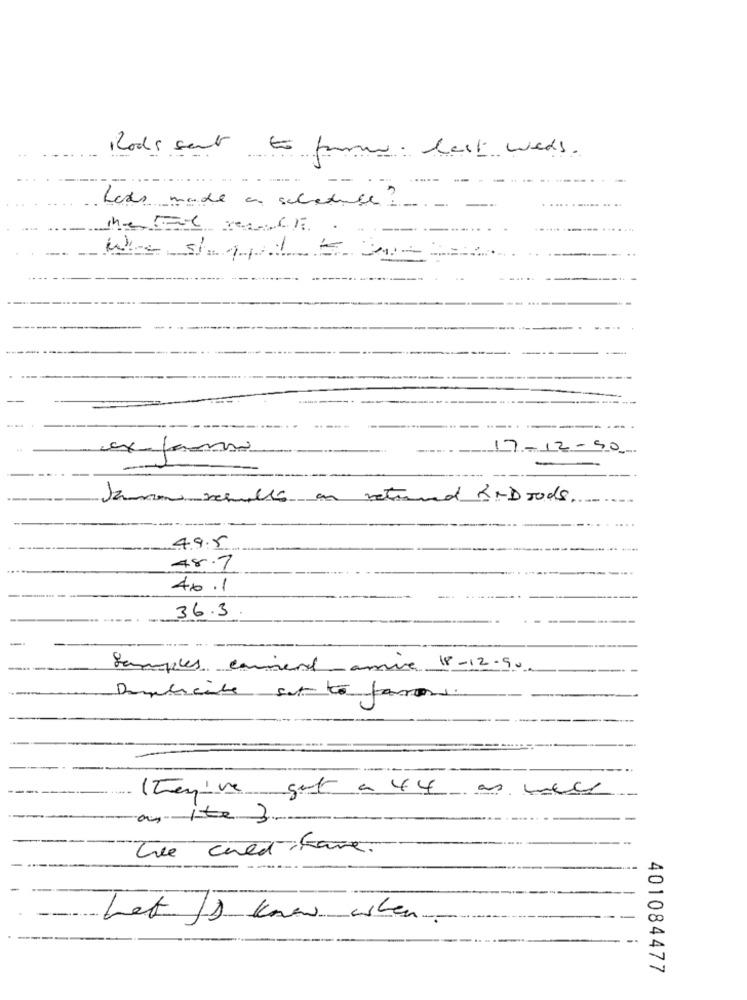
Rods sent to form last weds.
.-
Lass made a schedule :-
-
17-12-50
ex fanno
an retround orDoods
495
48.7
40 .1
36.3
Samples carrier- amine 18-12.90
Domicile set to farmi
They've got a 44 as well
as ite 3.
The cold Fare.
Let () know when
401084477